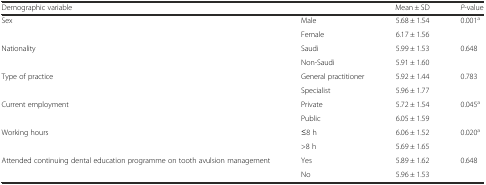
| Demographic variable |  | Mean ± SD | P-value |
 | --- | --- | --- | --- |
 | Sex | Male | 5.68 ± 1.54 | 0.001a |
 |  | Female | 6.17 ± 1.56 |  |
 | Nationality | Saudi | 5.99 ± 1.53 | 0.648 |
 |  | Non-Saudi | 5.91 ± 1.60 |  |
 | Type of practice | General practitioner | 5.92 ± 1.44 | 0.783 |
 |  | Specialist | 5.96 ± 1.77 |  |
 | Current employment | Private | 5.72 ± 1.54 | 0.045a |
 |  | Public | 6.05 ± 1.59 |  |
 | Working hours | ≤8 h | 6.06 ± 1.52 | 0.020a |
 |  | >8 h | 5.69 ± 1.65 |  |
 | Attended continuing dental education programme on tooth avulsion management | Yes | 5.89 ± 1.62 | 0.648 |
 |  | No | 5.96 ± 1.53 |  |